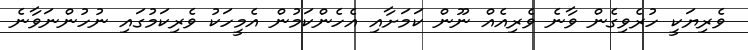
ވެރިޔަކީ ހުރެވިގެން ވާނެ ވެރިއެއް ނޫން ކަމަށާއި އެހެންކަމުން އެމީހަކު ވެރިކަމުގައި ނުހުންނަވާނެ